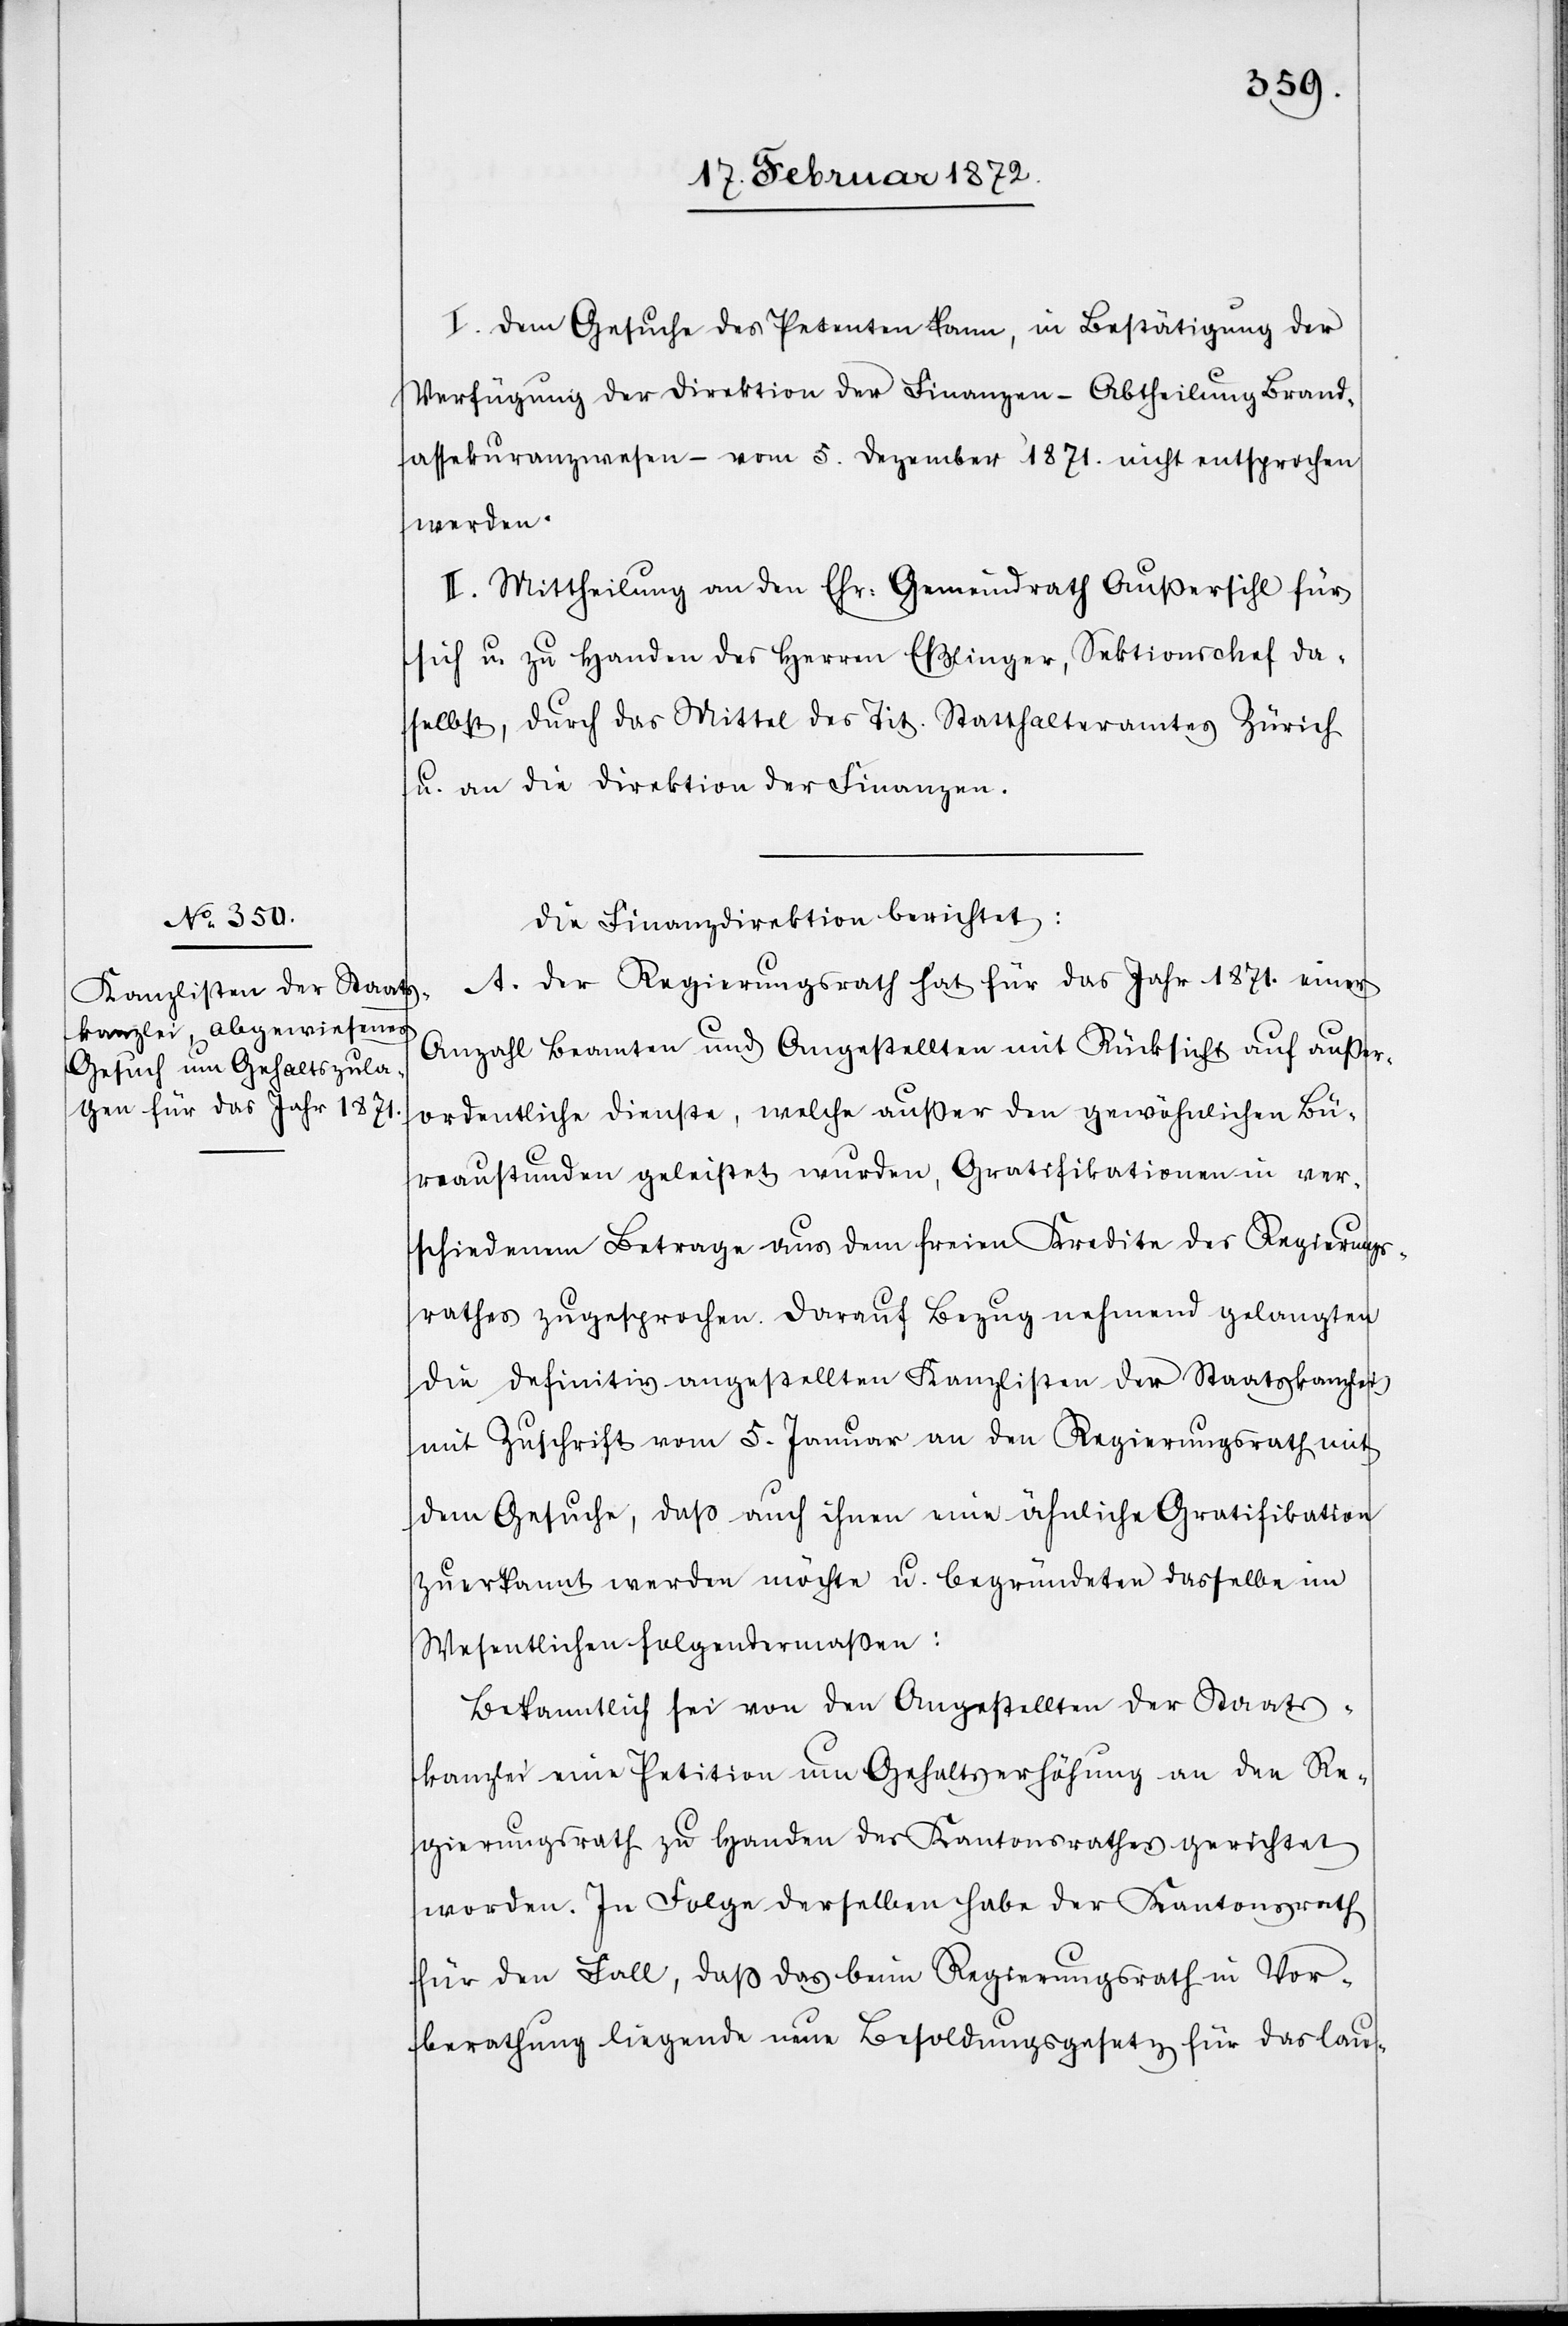
I. Dem Gesuche des Petenten kann, in Bestätigung der
Verfügung der Direktion der Finanzen – Abtheilung Brand¬
assekuranzwesen – vom 5. Dezember 1871. nicht entsprochen
werden.
II. Mittheilung an den Ehr. Gemeindrath Außersihl für
sich u. zu Handen des Herren Eßlinger, Sektionschef da¬
selbst, durch das Mittel des Tit. Statthalteramtes Zürich
u. an die Direktion der Finanzen.
Die Finanzdirektion berichtet:
A. Der Regierungsrath hat für das Jahr 1871. einer
Anzahl Beamten und Angestellten mit Rücksicht auf außer¬
ordentliche Dienste, welche außer den gewöhnlichen Bü¬
reaustunden geleistet wurden, Gratifikationen in ver¬
schiedenem Betrage aus dem freien Kredite des Regierungs¬
rathes zugesprochen. Darauf Bezug nehmend gelangten
die definitiv angestellten Kanzlisten der Staatskanzlei
mit Zuschrift vom 5. Januar an den Regierungsrath mit
dem Gesuche, daß auch ihnen eine ähnliche Gratifikation
zuerkannt werden möchte u. begründet dasselbe im
Wesentlichen folgendermaßen:
Bekanntlich sei von den Angestellten der Staats¬
kanzlei eine Petition um Gehaltserhöhung an den Re¬
gierungsrath zu Handen des Kantonsrathes gerichtet
worden. In Folge derselben habe der Kantonsrath
für den Fall, daß das beim Regierungsrath in Vor¬
berathung liegende neue Besoldungsgesetz für das lau-